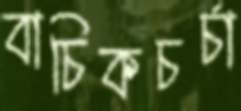
বাচিকচর্চা